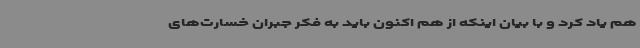
هم یاد کرد و با بیان اینکه از هم اکنون باید به فکر جبران خسارت‌های